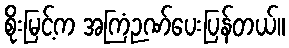
စိုးမြင့်က အကြံဉဏ်ပေးပြန်တယ်။